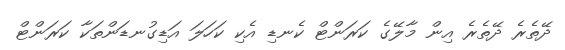
ދޭތެރެ ދޭތެރެ އިން މާލޭގެ ކަރަންޓް ކެނޑި އެކި ކަހަލަ އަޑިގުނޑަންތަކާ ކަރަންޓް